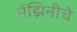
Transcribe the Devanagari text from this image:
मॅझिनीचे